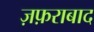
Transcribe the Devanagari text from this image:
ज़फ़राबाद